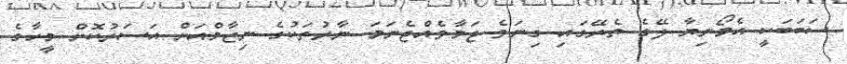
ސަބަބަކީ އެމޯނިޔާ ލޭގެ ތެރޭގައި ގިނަވެ ޖަމާވެއްޖެނަމަ ނާރުތަކުގެ ނިޒާމްއަށް އަސަރުކޮށް މީހާގެ